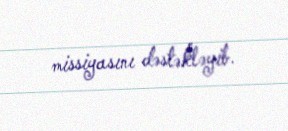
missiyasını dəstəkləyib.